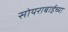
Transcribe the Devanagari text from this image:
सोयराबाईच्या